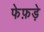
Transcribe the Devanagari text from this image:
फेफ़ड़े